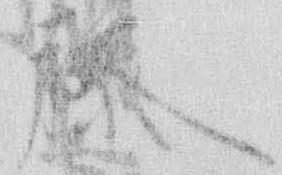
藤